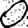
Digit: 0